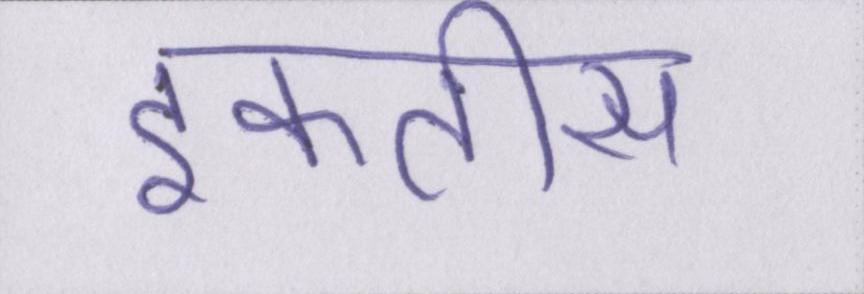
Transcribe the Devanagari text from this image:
इकतीस